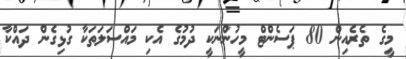
މީގެ ތެރެއިން 80 ޕަސެންޓް މީހުންނަކީ ދުމުގެ އެކި މައްސަލަތަކާ ގުޅިގެން ދައްކާ